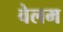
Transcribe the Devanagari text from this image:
वेलम